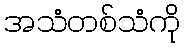
အသံတစ်သံကို